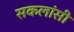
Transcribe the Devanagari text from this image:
सकलांसी